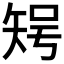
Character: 𥏃